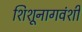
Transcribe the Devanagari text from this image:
शिशूनागवंशी